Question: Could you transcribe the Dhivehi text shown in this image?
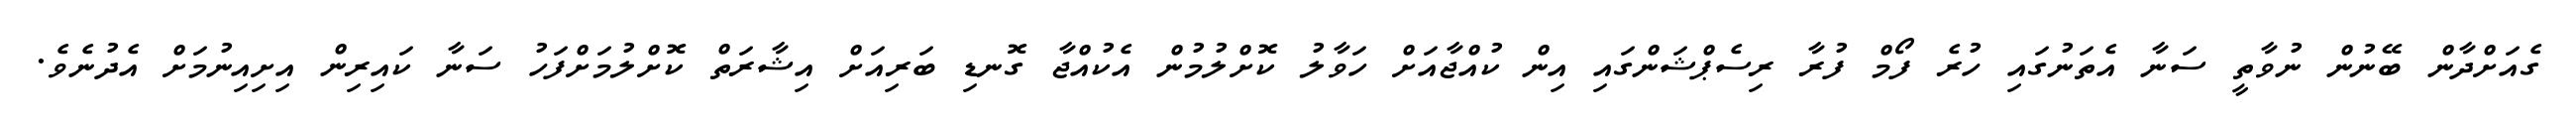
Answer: ގެއަށްދާން ބޭނުން ނުވާތީ ސަނާ އެތަނުގައި ހުރެ ފޯމް ފުރާ ރިސެޕްޝަންގައި އިން ކުއްޖާއަށް ހަވާލު ކޮށްލުމުން އެކުއްޖާ ގޮނޑި ބަރިއަށް އިޝާރަތް ކޮށްލުމަށްފަހު ސަނާ ކައިރިން އިށިއިނުމަށް އެދުނެވެ.